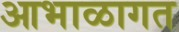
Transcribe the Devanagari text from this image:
आभाळागत